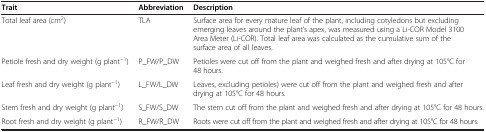
<table><thead><tr><td><b>Trait</b></td><td><b>Abbreviation</b></td><td><b>Description</b></td></tr></thead><tbody><tr><td>Total leaf area (cm<sup>2</sup>)</td><td>TLA</td><td>Surface area for every mature leaf of the plant, including cotyledons but excluding emerging leaves around the plant’s apex, was measured using a Li-COR Model 3100 Area Meter (Li-COR). Total leaf area was calculated as the cumulative sum of the surface area of all leaves.</td></tr><tr><td>Petiole fresh and dry weight (g plant<sup>−1</sup>)</td><td>P_FW/P_DW</td><td>Petioles were cut off from the plant and weighed fresh and after drying at 105°C for 48 hours.</td></tr><tr><td>Leaf fresh and dry weight (g plant<sup>−1</sup>)</td><td>L_FW/L_DW</td><td>Leaves, excluding petioles) were cut off from the plant and weighed fresh and after drying at 105°C for 48 hours.</td></tr><tr><td>Stem fresh and dry weight (g plant<sup>−1</sup>)</td><td>S_FW/S_DW</td><td>The stem cut off from the plant and weighed fresh and after drying at 105°C for 48 hours.</td></tr><tr><td>Root fresh and dry weight (g plant<sup>−1</sup>)</td><td>R_FW/R_DW</td><td>Roots were cut off from the plant and weighed fresh and after drying at 105°C for 48 hours.</td></tr></tbody></table>